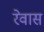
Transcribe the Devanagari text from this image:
रेवास